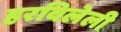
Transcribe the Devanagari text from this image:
हरविलेली